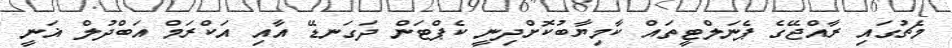
މެޗުގައި ރާއްޖޭގެ ޕެނަލްޓީތައް ކާމިޔާބުކޮށްދިނީ ކެޕްޓަން ދަގަނޑޭ އާއި އަކްރަމް އަބްދުލް ޣަނީ